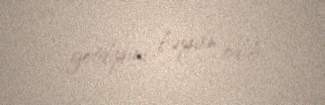
getdiyini bəyan edib.